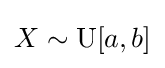
X\sim \operatorname {U} [a,b]